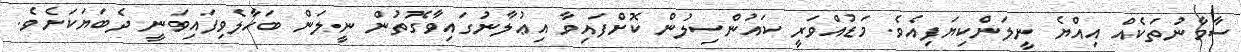
ސާމާނުތަކެއް އިއްޔެ ނީލަންކިޔަފިއެވެ. މަޑުއްވަރީ ކައުންސިލުން ކޮށްފައިވާ އިޢުލާނުގައިވާގޮތުން ނީލަން ބަހާލެވިފައިވަނީ ދެބަޔަކަށެވެ.